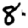
Digit: 8